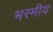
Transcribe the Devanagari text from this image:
भस्मीय